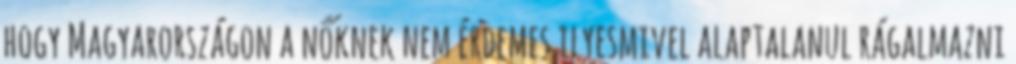
hogy Magyarországon a nőknek nem érdemes ilyesmivel alaptalanul rágalmazni